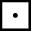
\boxdot